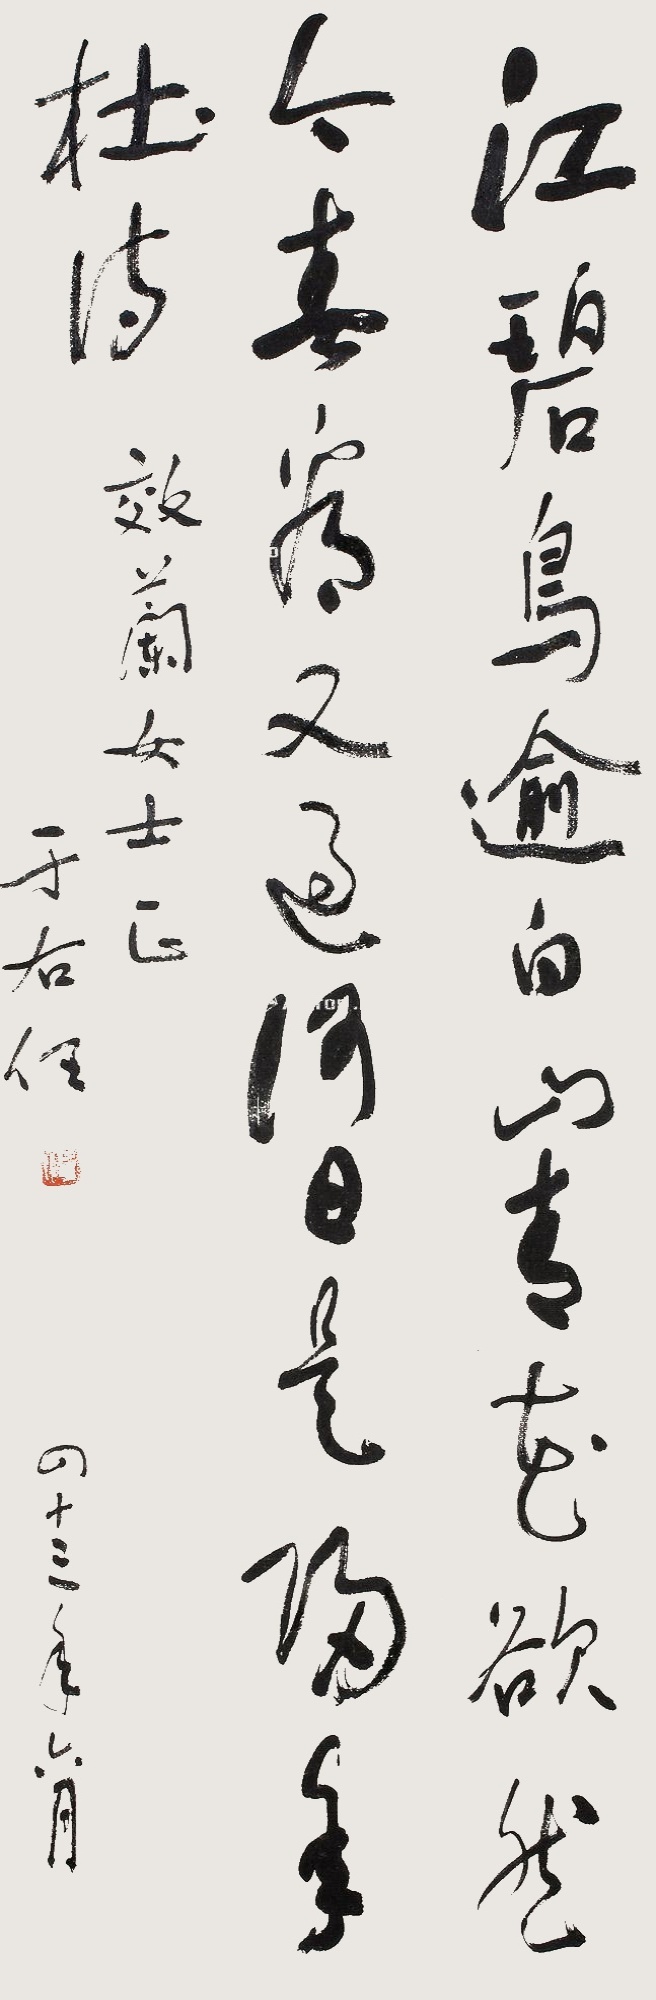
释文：江碧鸟逾白，山青花欲燃。今春看又过，何日是归年。杜诗。效兰女士正，于右任。四十三年六月。